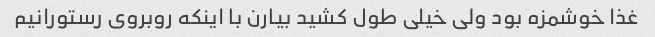
غذا خوشمزه بود ولی خیلی طول کشید بیارن با اینکه روبروی رستورانیم